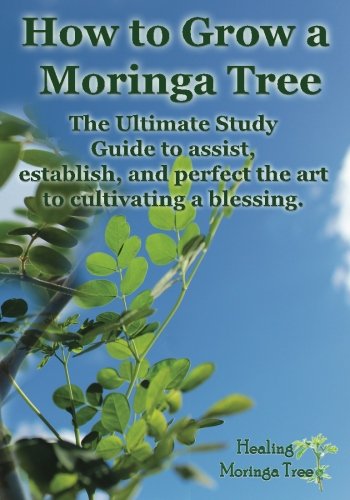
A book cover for How to grow a Moringa Tree: The Ultimate Study Guide to assist, establish, and perfect the art to cultivating a blessing.; Cornelius Epps II; Crafts, Hobbies & Home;